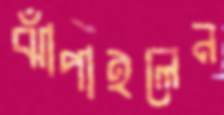
ঝাঁপাইলেন